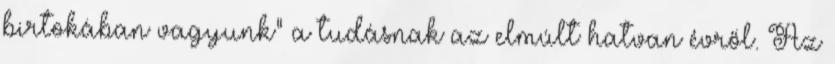
birtokában vagyunk" a tudásnak az elmúlt hatvan évről. Az